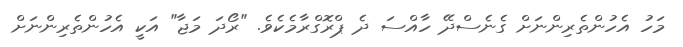
މަހު އެހުންތެރިންނަށް ގެނެސްދޭ ހާއްސަ ދެ ޕްރޮގްރާމެކެވެ. "ރޯދަ މަޖާ" އަކީ އެހުންތެރިންނަށް